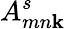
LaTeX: A_{mn\mathbf{k}}^{s}